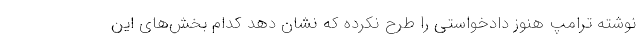
نوشته ترامپ هنوز دادخواستی را طرح نکرده که نشان دهد کدام بخش‌های این